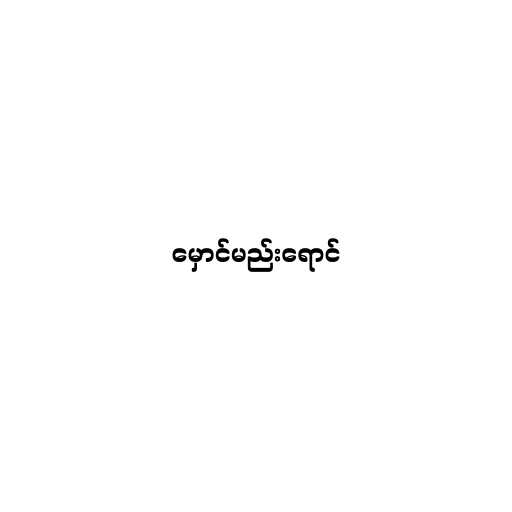
မှောင်မည်းရောင်